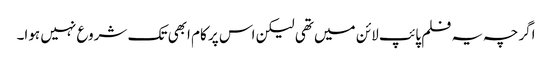
اگرچہ یہ فلم پائپ لائن میں تھی لیکن اس پر کام ابھی تک شروع نہیں ہوا۔